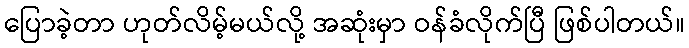
ပြောခဲ့တာ ဟုတ်လိမ့်မယ်လို့ အဆုံးမှာ ဝန်ခံလိုက်ပြီ ဖြစ်ပါတယ်။